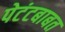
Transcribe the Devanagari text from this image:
पेटंटबाबत